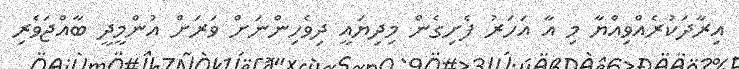
އިރާދަކުރެއްވިއްޔާ މި އާ އަހަރު ފެށިގެން މިދިޔައީ ދިވެހިންނަށް ވަރަށް އުންމީދީ ބާއްޖަވެރި